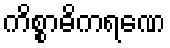
ကိစ္စာဓိကရဏေ